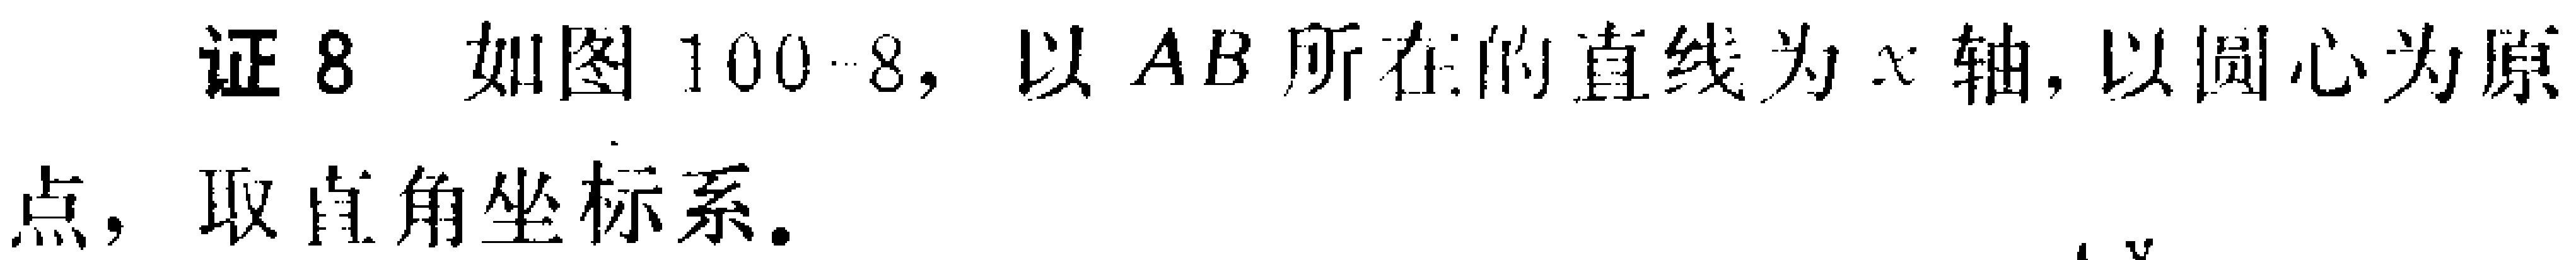
证8 如图100 - 8，以\(AB\)所在的直线为\(x\)轴，以圆心为原点，取直角坐标系。